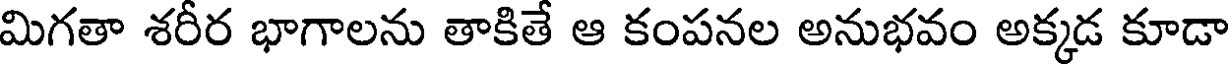
మిగతా శరీర భాగాలను తాకితే ఆ కంపనల అనుభవం అక్కడ కూడా